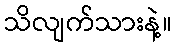
သိလျက်သားနဲ့။